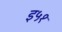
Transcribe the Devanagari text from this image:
इ५१